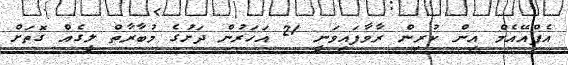
އެފްއޭއެމް އިން ކުރިން ރާވާފައިވަނީ 21 އަހަރުން ދަށުގެ މުބާރާތް ލީގެއް ގޮތަށް